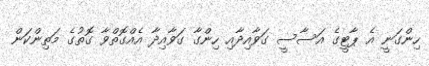
ހިންގަނީ އެ ޕާޓީގެ އަސާސީ ގަވާއިދާއި ހިންގާ ގަވާއިދާ އެއްގޮތްވާ ގޮތުގެ މަތިންކަން